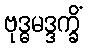
ဗုဒ္ဓမဒ္ဒက္ခိံ